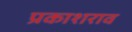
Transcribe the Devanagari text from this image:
प्रकाशराव